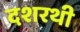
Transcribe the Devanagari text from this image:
दशरथी